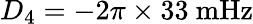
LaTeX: D_{4}=-2\pi\times 33~\mathrm{mHz}